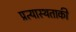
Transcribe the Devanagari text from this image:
प्रत्यास्थताकी